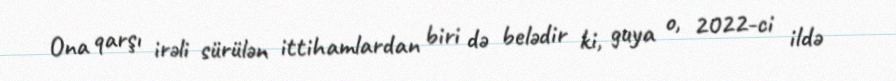
Ona qarşı irəli sürülən ittihamlardan biri də belədir ki, guya o, 2022-ci ildə